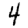
Digit: 4